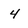
Character: 4